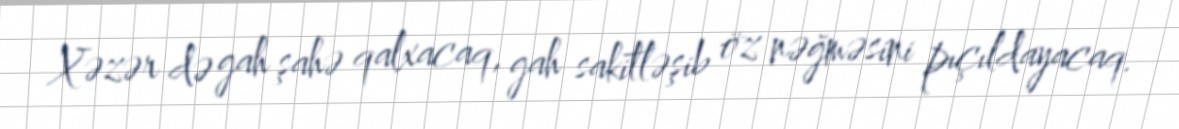
Xəzər də gah şahə qalxacaq, gah sakitləşib öz nəğməsini pıçıldayacaq.